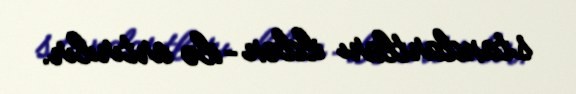
standartları ildən –ilə artırılır.